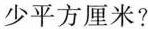
少平方厘米?